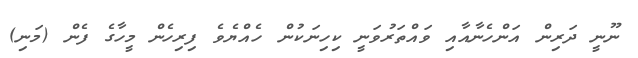
ނޫނީ ދަރިން އަންހެނާއާއި ވައްތަރުވަނީ ކިހިނަކުން ހެއްޔެވެ ފިރިހެން މީހާގެ ފެން (މަނި)